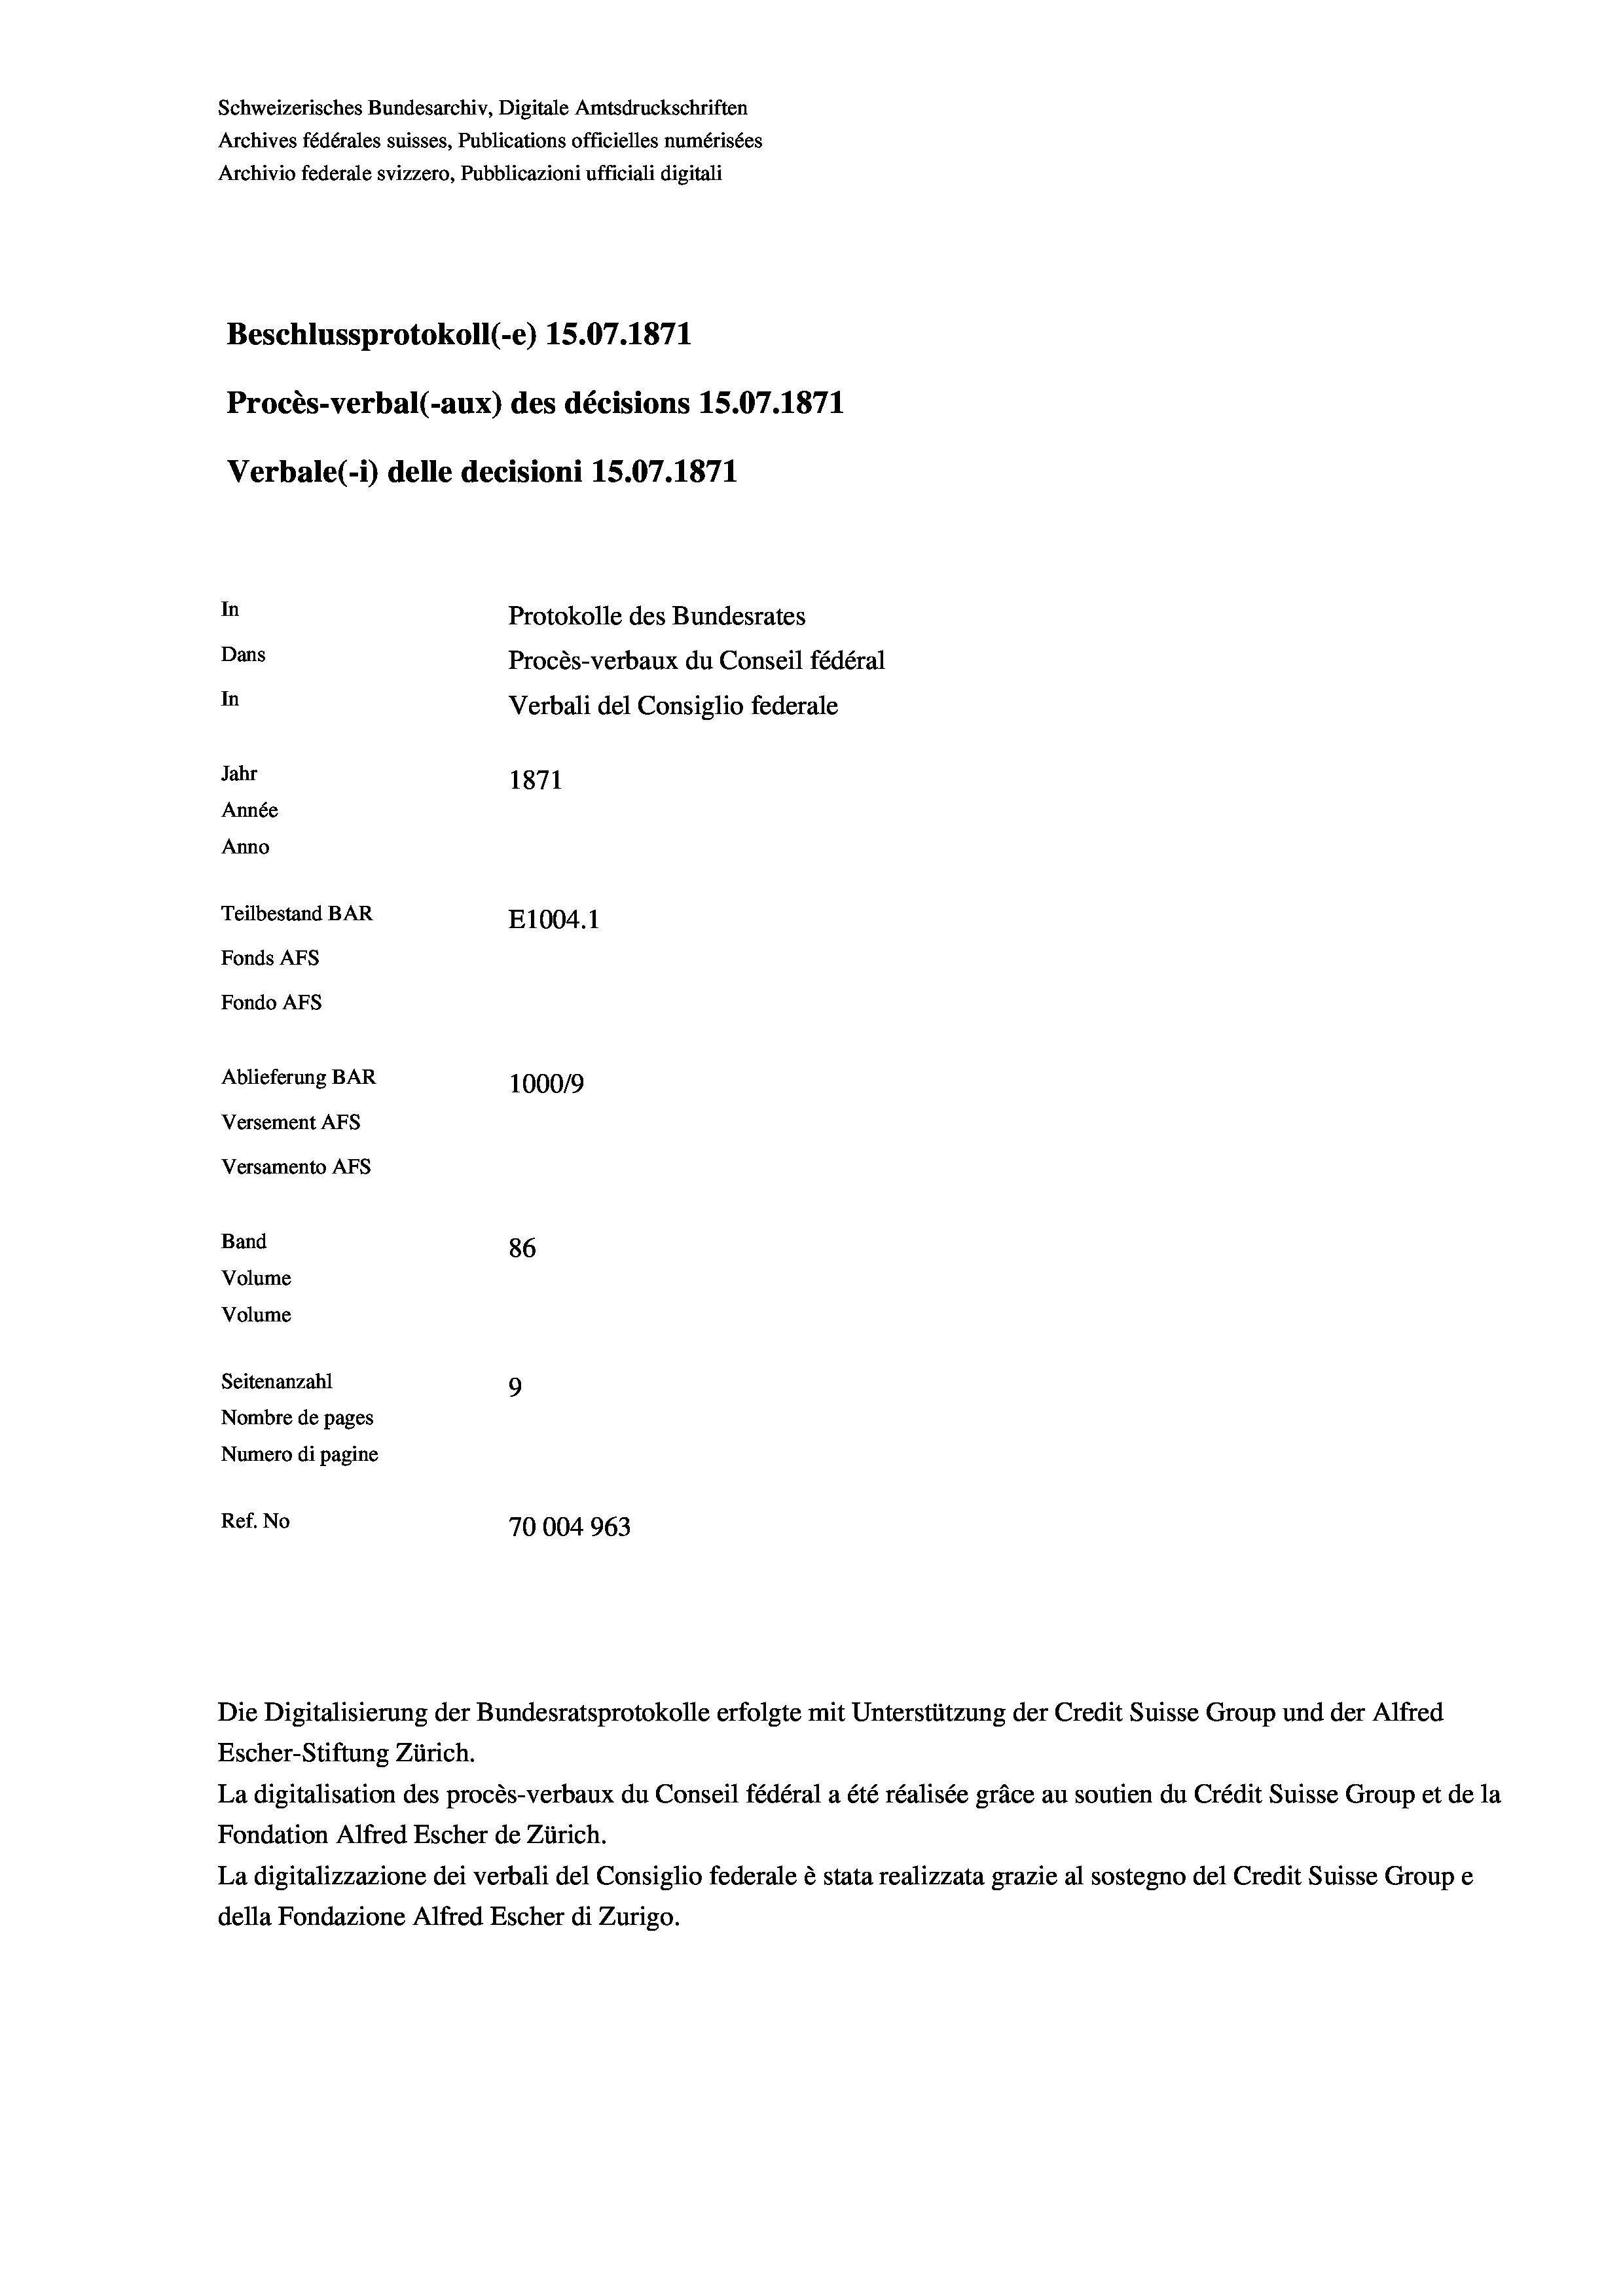
Schweizerisches Bundesarchiv, Digitale Amtsdruckschriften
Archives fédérales suisses, Publications officielles numérisées
Archivio federale svizzero, Pubblicazioni ufficiali digitali
Beschlussprotokoll (-e) 15.07. 1871
Procès-verbal (-aux) des décisions 15.07.1871
Verbale(- 1) delle decisioni 15.07. 1871
In
Protokolle des Bundesrates
Dans
Procès-verbaux du Conseil fédéral
In
Jahr
1871
Année
Anno
Teilbestand BAR
E1004. 1
Fonds AFs
Fondo AFs
Ablieferung BAR
100019
Versement AFS
Versamento Afs
Band
86
Volume
Volume
Seitenanzahl
9
Nombre de pages
Numero di pagine
Ref. No
70004963

Verbali del Consiglio federale

Escher-Stiftung Zürich.
La digitalisation des procès-verbaux du Conseil fédéral a été réalisée gräce au soutien du Crédit Suisse Group et de la
Fondation Alfred Escher de Zürich.
La digitalizzazione dei verbali del Consiglio federale è stata realizzata grazie al sostegno del Credit Suisse Groupe
della Fondazione Alfred Escher di Zurigo.

Die Digitalisierung der Bundesratsprotokolle erfolgte mit Unterstützung der Credit Suisse Group und der Alfred